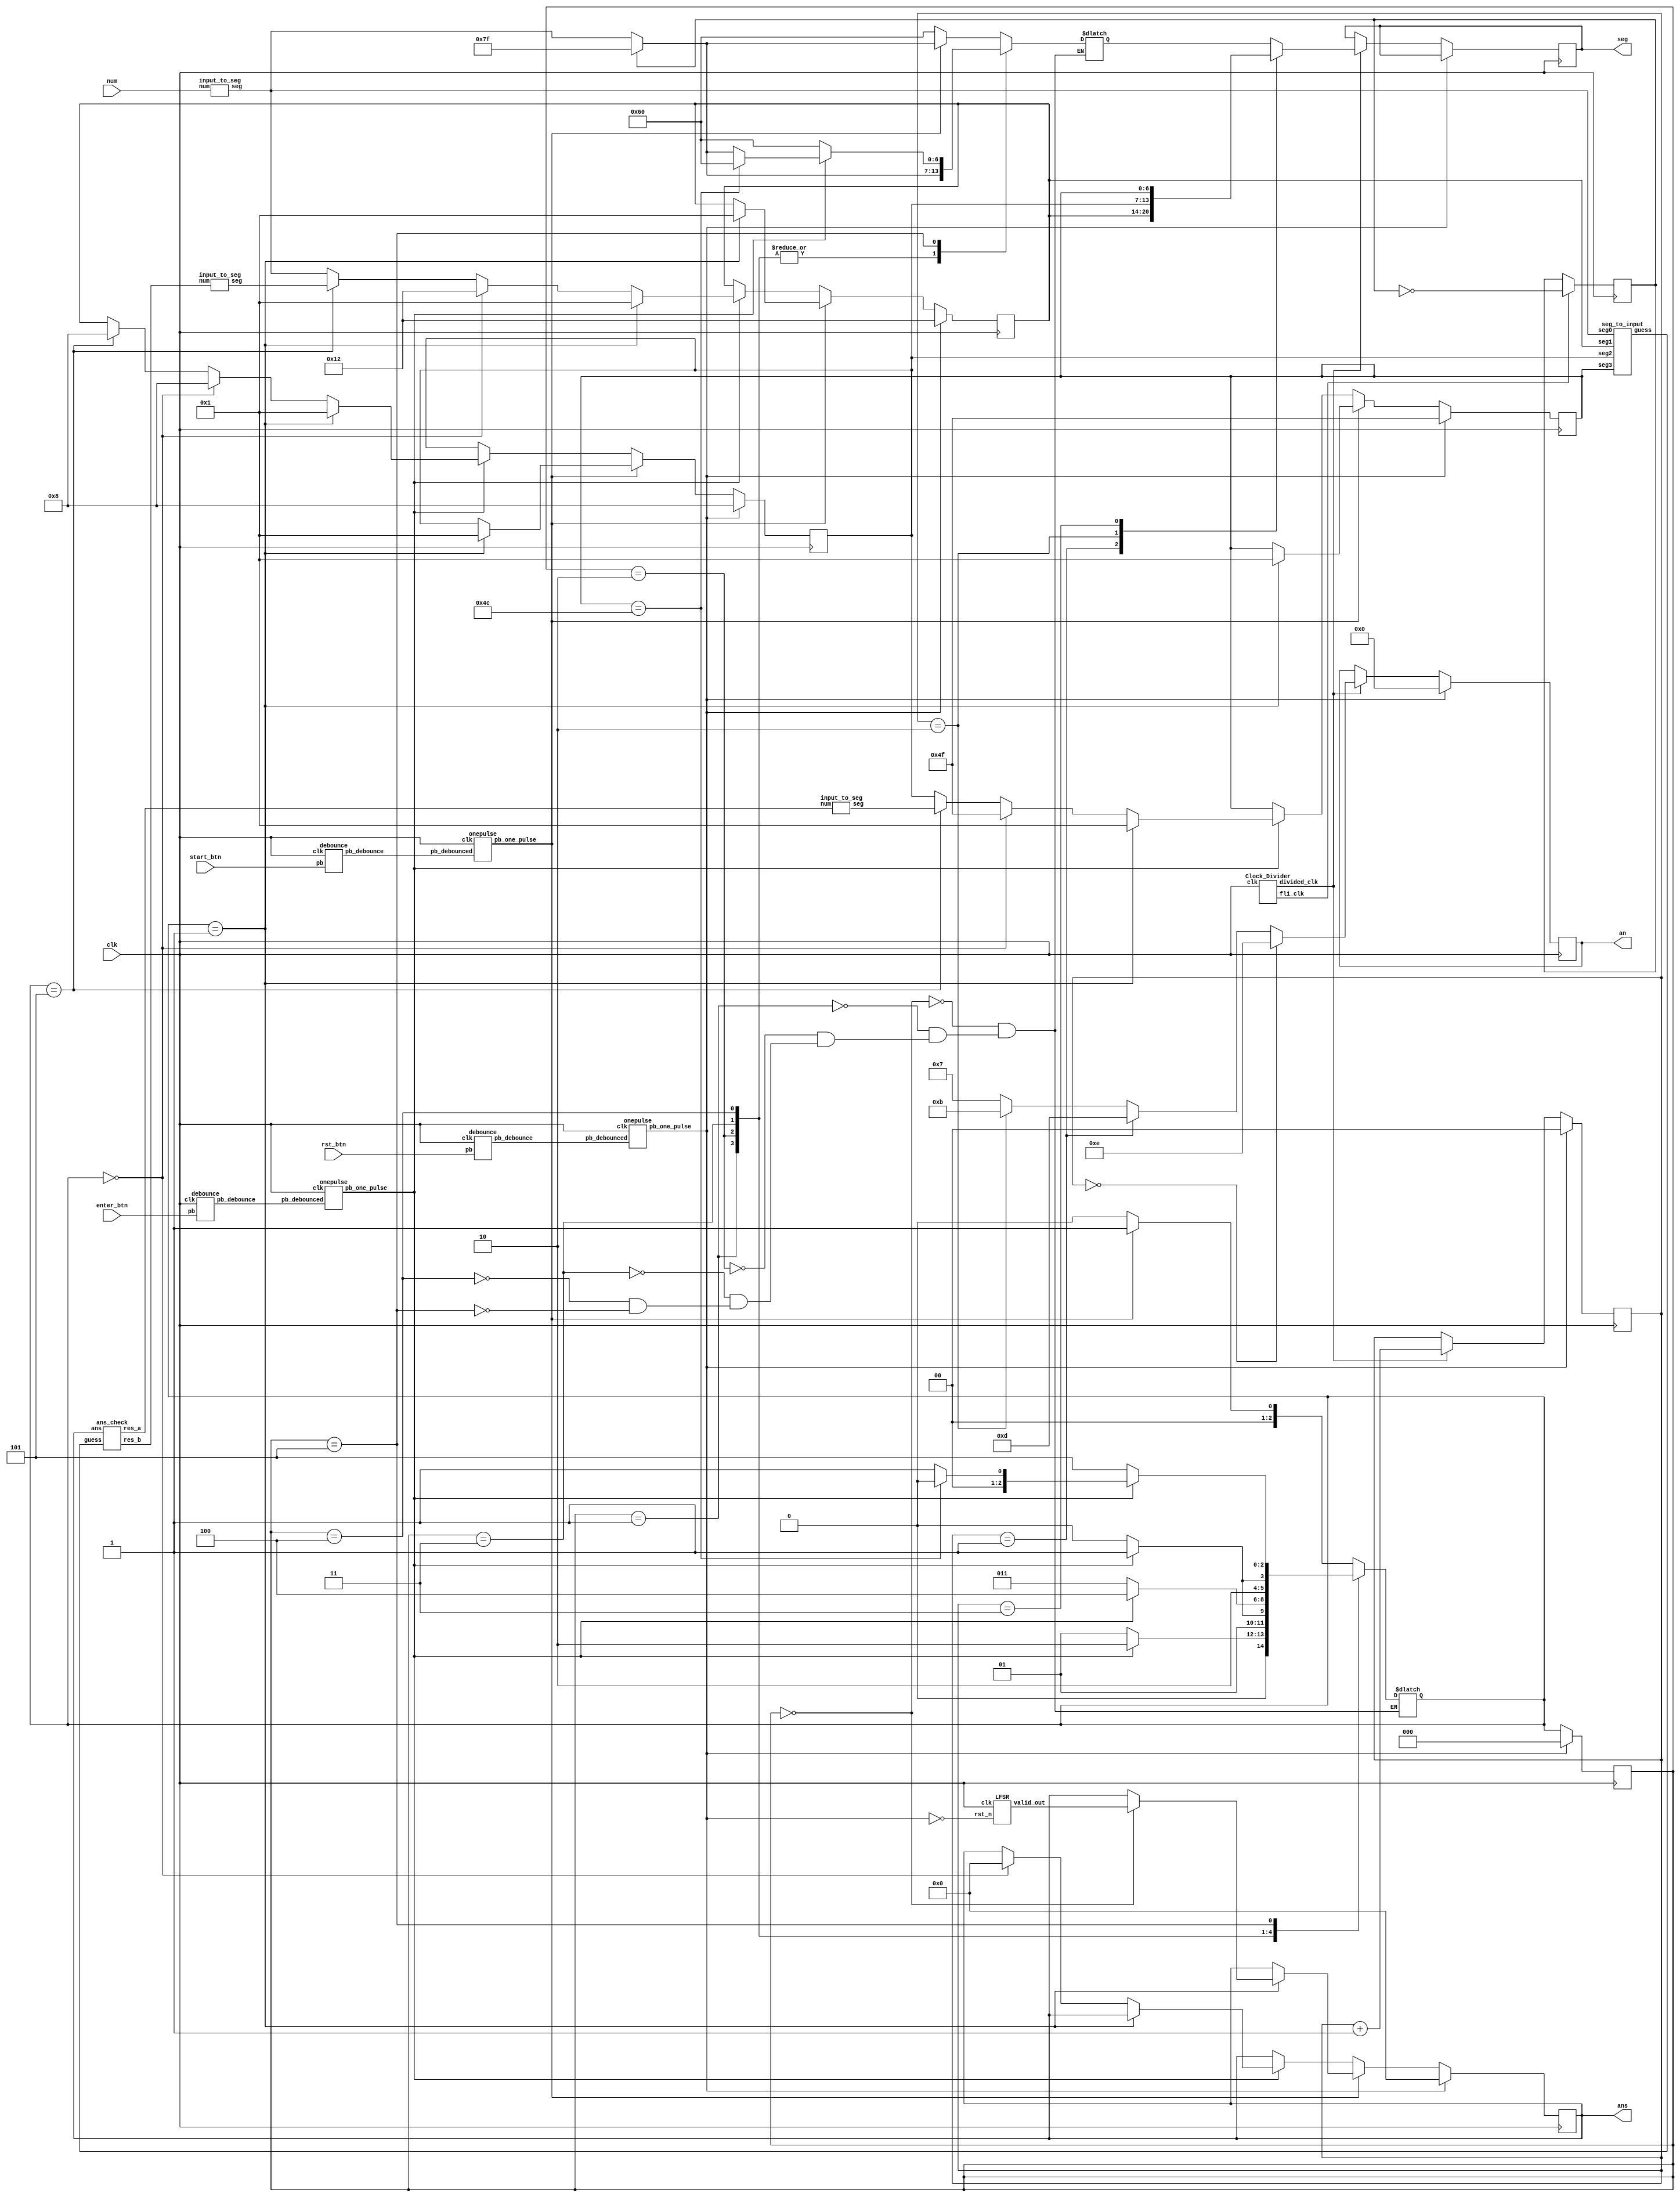
`timescale 1ns/1ps

module fpga_1A2B(clk, start_btn, rst_btn, enter_btn, num, an, seg, ans);
input start_btn, rst_btn, enter_btn, clk;
input [3:0] num;
output reg [3:0] an;
output reg [6:0] seg;
output reg [15:0] ans;

parameter num_0 = 7'b0000001;
parameter num_1 = 7'b1001111;
parameter num_2 = 7'b0010010;
parameter num_3 = 7'b0000110;
parameter num_4 = 7'b1001100;
parameter num_5 = 7'b0100100;
parameter num_6 = 7'b0100000;
parameter num_7 = 7'b0001111;
parameter num_8 = 7'b0000000;
parameter num_9 = 7'b0000100;
parameter alp_a = 7'b0001000;
parameter alp_b = 7'b1100000;

reg [6:0] next_seg, seg3, seg2, seg1, seg0; // 7-segment display
wire [15:0] guess; // answer guessed by player
wire [15:0] cur_ans; // hold value for answer
wire [3:0] res_a, res_b; // 'A' and 'B' for 1A2B game
wire [6:0] seg_a, seg_b; // segment for above a and b
wire [6:0] hd_seg3, hd_seg2, hd_seg1, hd_seg0; // hold value for segs
wire [6:0] seg_cur; //  the seg that being control by switches
wire start_db, rst_db, enter_db;
wire start_op, rst_op, enter_op;
reg start_hd, enter_hd; // hold value for buttons after being push until the phase change
wire rst;
wire div_clk, fli_clk; // clk for segment display / clk for flicker / clk for module
wire [15:0] gen_out; // current generate output by LFSR
reg flicker;
wire wflicker; // wire for flicker

reg [1:0] ct;
wire [1:0] next_ct;
reg [2:0] phase, next_phase;
wire [2:0] cur_phase;

assign next_ct = ct + 1'b1;
assign rst = ~rst_op;
assign wflicker = flicker;
assign cur_ans = ans;
assign cur_phase = phase;
assign hd_seg3 = seg3;
assign hd_seg2 = seg2;
assign hd_seg1 = seg1;
assign hd_seg0 = seg_cur;

debounce db1(start_db, start_btn, clk);
debounce db2(rst_db, rst_btn, clk);
debounce db3(enter_db, enter_btn, clk);
onepulse op1(start_op, start_db, clk);
onepulse op2(rst_op, rst_db, clk);
onepulse op3(enter_op, enter_db, clk);

Clock_Divider cd(clk, div_clk, fli_clk);
input_to_seg itos(num, seg_cur); // turn input num(input by switches) into seg
seg_to_input stoi(guess, hd_seg3, hd_seg2, hd_seg1, hd_seg0); // turn 4-digit seg into 16 bits number
ans_check ac(res_a, res_b, ans, guess); //  verify answer
input_to_seg intosa(res_a, seg_a); // turn value of 'A' into seg
input_to_seg intosb(res_b, seg_b); // turn value of 'B' into seg
LFSR lfsr(clk, rst, gen_out); // generate answer

always@(posedge clk) begin
    if(fli_clk) flicker <= ~wflicker;
    else flicker <= wflicker; 
end

always@(posedge clk) begin
    if(rst == 1'b0) begin
        seg3 <= num_1;
        seg2 <= alp_a;
        seg1 <= num_2;
        ans <= 16'b0;
    end
    else if(start_op) begin
        if(next_phase == 3'd1) begin
            seg3 <= num_0;
            seg2 <= num_0;
            seg1 <= num_0;
            ans <= cur_phase == 3'd0 ? gen_out : cur_ans;
        end
        else begin
            seg3 <= hd_seg3;
            seg2 <= hd_seg2;
            seg1 <= hd_seg1;
            ans <= cur_ans;
        end
    end
    else if(enter_op) begin
        if(next_phase == 3'd1) begin
            seg3 <= num_0;
            seg2 <= num_0;
            seg1 <= num_0;
            ans <= cur_ans;
        end
        else if(next_phase == 3'd0) begin
            seg3 <= num_1;
            seg2 <= alp_a;
            seg1 <= num_2;
            ans <= 16'b0;
        end
        else if(next_phase == 3'd5) begin
            seg3 <= seg_a;
            seg2 <= alp_a;
            seg1 <= seg_b;
            ans <= cur_ans;
        end
        else begin
            seg3 <= seg2;
            seg2 <= seg1;
            seg1 <= seg_cur;
            ans <= cur_ans;
        end
    end
    else begin
        seg3 <= hd_seg3;
        seg2 <= hd_seg2;
        seg1 <= hd_seg1;
        ans <= cur_ans;
    end
end

always@(posedge clk) begin
    if(rst == 1'b0) phase <= 3'd0;
    else phase <= next_phase;
end

always@(posedge clk) begin
    if(rst == 1'b0) begin
        ct <= 2'b0;
        an <= 4'b0;
    end
    else begin
        if(div_clk) begin
            ct <= next_ct;
            seg <= next_seg;
            if(ct == 2'b0) an <= 4'b1110;
            else if(ct == 2'b01) an <= 4'b1101;
            else if(ct == 2'b10) an <= 4'b1011;
            else an <= 4'b0111;
        end
    end
end

always@(*)begin
    case(ct)
        2'b01: next_seg = seg1;
        2'b10: next_seg = seg2;
        2'b11: next_seg = seg3;
        default: next_seg = seg0;
    endcase
end

always@(*)begin
    case(phase)
        3'd0: begin
            if(start_op) begin
                next_phase = 3'd1;
                seg0 = flicker ? 7'b1111111 : seg_cur;
            end
            else begin
                next_phase = 3'd0;
                seg0 = alp_b; 
            end
        end
        3'd1: begin
            if(enter_op) begin
                next_phase = 3'd2;
                seg0 = flicker ? 7'b1111111 : seg_cur;
            end
            else begin
                next_phase = 3'd1;
                seg0 = flicker ? 7'b1111111 : seg_cur;
            end
        end
        3'd2: begin
            if(enter_op) begin
                next_phase = 3'd3;
                seg0 = flicker ? 7'b1111111 : seg_cur;
            end
            else begin
                next_phase = 3'd2;
                seg0 = flicker ? 7'b1111111 : seg_cur;
            end
        end
        3'd3: begin
            if(enter_op) begin
                next_phase = 3'd4;
                seg0 = flicker ? 7'b1111111 : seg_cur;
            end
            else begin
                next_phase = 3'd3;
                seg0 = flicker ? 7'b1111111 : seg_cur;
            end
        end
        3'd4: begin
            if(enter_op) begin
                next_phase = 3'd5;
                seg0 = flicker ? 7'b1111111 : seg_cur;
            end
            else begin
                next_phase = 3'd4;
                seg0 = flicker ? 7'b1111111 : seg_cur;
            end
        end
        3'd5: begin
            if(enter_op) begin
                if(hd_seg3 == num_4) begin
                    next_phase = 3'd0;
                    seg0 = alp_b;
                end
                else begin
                    next_phase = 3'd1;
                    seg0 = flicker ? 7'b1111111 : seg_cur;
                end
            end
            else begin
                next_phase = 3'd5;
                seg0 = alp_b;
            end
        end
    endcase
end

endmodule

module LFSR(clk, rst_n, valid_out);
input clk;
input rst_n;
output wire [15:0] valid_out;
reg [15:0] out;

wire [3:0] dg3, dg2, dg1, dg0;
reg [3:0] vdg3, vdg2, vdg1, vdg0;
assign dg3 = out[15:12] % 10;
assign dg2 = out[11:8] % 10;
assign dg1 = out[7:4] % 10;
assign dg0 = out[3:0] % 10;
assign valid_out = {vdg3, vdg2, vdg1, vdg0};

// dff generate
wire [15:0] next_out;
wire gen_out0;
xnor(gen_out0, out[3], out[12], out[14], out[15]);
assign next_out = {out[14:0], gen_out0};

always@(posedge clk) begin
    if(rst_n == 1'b0) out <= 16'b0;
    else out <= next_out;
end

// verify
always@(*)begin
    // dg3
    vdg3 = dg3;
    // dg2 != dg3
    if(dg2 == vdg3) vdg2 = (vdg3 + 1'b1) % 10;
    else vdg2 = dg2;
    // dg1 != dg2 && dg1 != dg3
    if(dg1 != vdg2 && dg1 != vdg3) vdg1 = dg1;
    else begin
        if(dg1 == vdg2) begin
            if((vdg2 + 1'b1) % 10 == vdg3) vdg1 = (vdg3 + 1'b1) % 10;
            else vdg1 = vdg2 + 1'b1;
        end
        else begin
            if((vdg3 + 2'b11) % 10 == vdg2) vdg1 = (vdg3 + 2'b10) % 10;
            else vdg1 = vdg3 + 2'b11;
        end
    end
    // dg0 != dg1 && dg0 != dg2 && dg0 != dg3
    if(dg0 != vdg1 && dg0 != vdg2 && dg0 != vdg3) vdg0 = dg0;
    else begin
        if(4'd4 != vdg1 && 4'd4 != vdg2 && 4'd4 != vdg3) vdg0 = 4'd4;
        else if(4'd2 != vdg1 && 4'd2 != vdg2 && 4'd2 != vdg3) vdg0 = 4'd2;
        else if(4'd8 != vdg1 && 4'd8 != vdg2 && 4'd8 != vdg3) vdg0 = 4'd8;
        else if(4'd9 != vdg1 && 4'd9 != vdg2 && 4'd9 != vdg3) vdg0 = 4'd9;
        else if(4'd1 != vdg1 && 4'd1 != vdg2 && 4'd1 != vdg3) vdg0 = 4'd1;
        else if(4'd6 != vdg1 && 4'd6 != vdg2 && 4'd6 != vdg3) vdg0 = 4'd6;
        else if(4'd3 != vdg1 && 4'd3 != vdg2 && 4'd3 != vdg3) vdg0 = 4'd3;
        else if(4'd7 != vdg1 && 4'd7 != vdg2 && 4'd7 != vdg3) vdg0 = 4'd7;
        else if(4'd5 != vdg1 && 4'd5 != vdg2 && 4'd5 != vdg3) vdg0 = 4'd5;
        else vdg0 = 4'd0;
    end
end

endmodule

module ans_check (res_a, res_b, ans, guess);
input [15:0] ans, guess;
output wire [3:0] res_a, res_b;
wire eq3, eq2, eq1, eq0; //  same value same position
wire diff_eq3, diff_eq2, diff_eq1, diff_eq0; //  same value different position

assign eq3 = ans[15:12] == guess[15:12];
assign eq2 = ans[11:8] == guess[11:8];
assign eq1 = ans[7:4] == guess[7:4];
assign eq0 = ans[3:0] == guess[3:0];

assign diff_eq3 = (ans[15:12] == guess[11:8]) + (ans[15:12] == guess[7:4]) + (ans[15:12] == guess[3:0]);
assign diff_eq2 = (ans[11:8] == guess[15:12]) + (ans[11:8] == guess[7:4]) + (ans[11:8] == guess[3:0]);
assign diff_eq1 = (ans[7:4] == guess[11:8]) + (ans[7:4] == guess[15:12]) + (ans[7:4] == guess[3:0]);
assign diff_eq0 = (ans[3:0] == guess[11:8]) + (ans[3:0] == guess[7:4]) + (ans[3:0] == guess[15:12]);

assign res_a = (eq3 ? 4'd1 : 4'd0) + (eq2 ? 4'd1 : 4'd0) + (eq1 ? 4'd1 : 4'd0) + (eq0 ? 4'd1 : 4'd0);
assign res_b = (diff_eq3 ? 4'd1 : 4'd0) + (diff_eq2 ? 4'd1 : 4'd0) + (diff_eq1 ? 4'd1 : 4'd0) + (diff_eq0 ? 4'd1 : 4'd0);

endmodule

module input_to_seg(num, seg);
input [3:0] num;
output reg [6:0] seg;

parameter num_0 = 7'b0000001;
parameter num_1 = 7'b1001111;
parameter num_2 = 7'b0010010;
parameter num_3 = 7'b0000110;
parameter num_4 = 7'b1001100;
parameter num_5 = 7'b0100100;
parameter num_6 = 7'b0100000;
parameter num_7 = 7'b0001111;
parameter num_8 = 7'b0000000;
parameter num_9 = 7'b0000100;

always@(*)begin
    case(num)
        4'd1: seg = num_1;
        4'd2: seg = num_2;
        4'd3: seg = num_3;
        4'd4: seg = num_4;
        4'd5: seg = num_5;
        4'd6: seg = num_6;
        4'd7: seg = num_7;
        4'd8: seg = num_8;
        4'd9: seg = num_9;
        default: seg = num_0;
    endcase
end

endmodule

module per_seg_to_input(num, seg);
input [6:0] seg;
output reg [3:0] num;

parameter num_0 = 7'b0000001;
parameter num_1 = 7'b1001111;
parameter num_2 = 7'b0010010;
parameter num_3 = 7'b0000110;
parameter num_4 = 7'b1001100;
parameter num_5 = 7'b0100100;
parameter num_6 = 7'b0100000;
parameter num_7 = 7'b0001111;
parameter num_8 = 7'b0000000;
parameter num_9 = 7'b0000100;

always@(*)begin
    case(seg)
        num_1: num = 4'd1;
        num_2: num = 4'd2;
        num_3: num = 4'd3;
        num_4: num = 4'd4;
        num_5: num = 4'd5;
        num_6: num = 4'd6;
        num_7: num = 4'd7;
        num_8: num = 4'd8;
        num_9: num = 4'd9;
        default: num = 4'd0;
    endcase
end

endmodule

module seg_to_input(guess, seg3, seg2, seg1, seg0);
input [6:0] seg3, seg2, seg1, seg0;
output [15:0] guess;

per_seg_to_input p1(guess[15:12], seg3);
per_seg_to_input p2(guess[11:8], seg2);
per_seg_to_input p3(guess[7:4], seg1);
per_seg_to_input p4(guess[3:0], seg0);

endmodule

module debounce(pb_debounce, pb, clk);
    input pb;
    input clk;
    output pb_debounce;
    reg [3:0] DFF;

    always@(posedge clk)begin
        DFF[3:1]<=DFF[2:0];
        DFF[0]<=pb;
    end

    assign pb_debounce = (DFF == 4'b1111) ? 1'b1 : 1'b0;
endmodule

module onepulse(pb_one_pulse, pb_debounced, clk);
    input pb_debounced;
    input clk;
    output pb_one_pulse;
    reg pb_debounced_delay;
    reg pb_one_pulse_reg;
    wire pb_one_pulse = pb_one_pulse_reg;

    always@(posedge clk)begin
        pb_debounced_delay <= pb_debounced;
        pb_one_pulse_reg <= pb_debounced & (!pb_debounced_delay);
    end
endmodule

module Clock_Divider(clk, divided_clk, fli_clk);
    input clk;
    output reg divided_clk, fli_clk;
    reg [14:0] cnt = 15'b0;
    reg [24:0] cnt2 = 25'b0;
    
    always@(posedge clk)begin
        if(cnt == 2**15 - 1'b1)begin
            cnt <= 15'b0;
            divided_clk <= 1'b1;
        end
        else begin
            divided_clk <= 1'b0;
            cnt <= cnt + 1'b1;
        end
        if(cnt2 == 2**25 - 1'b1)begin
            cnt2 <= 25'b0;
            fli_clk <= 1'b1;
        end
        else begin
            fli_clk <= 1'b0;
            cnt2 <= cnt2 + 1'b1;
        end
    end
endmodule